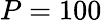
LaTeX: P=100